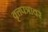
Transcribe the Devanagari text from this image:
वृत्तपत्रावर